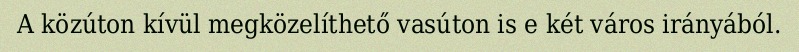
A közúton kívül megközelíthető vasúton is e két város irányából.